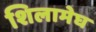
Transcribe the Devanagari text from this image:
शिलामेघ